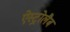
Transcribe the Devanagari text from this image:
ऐस्ट्रोलैब